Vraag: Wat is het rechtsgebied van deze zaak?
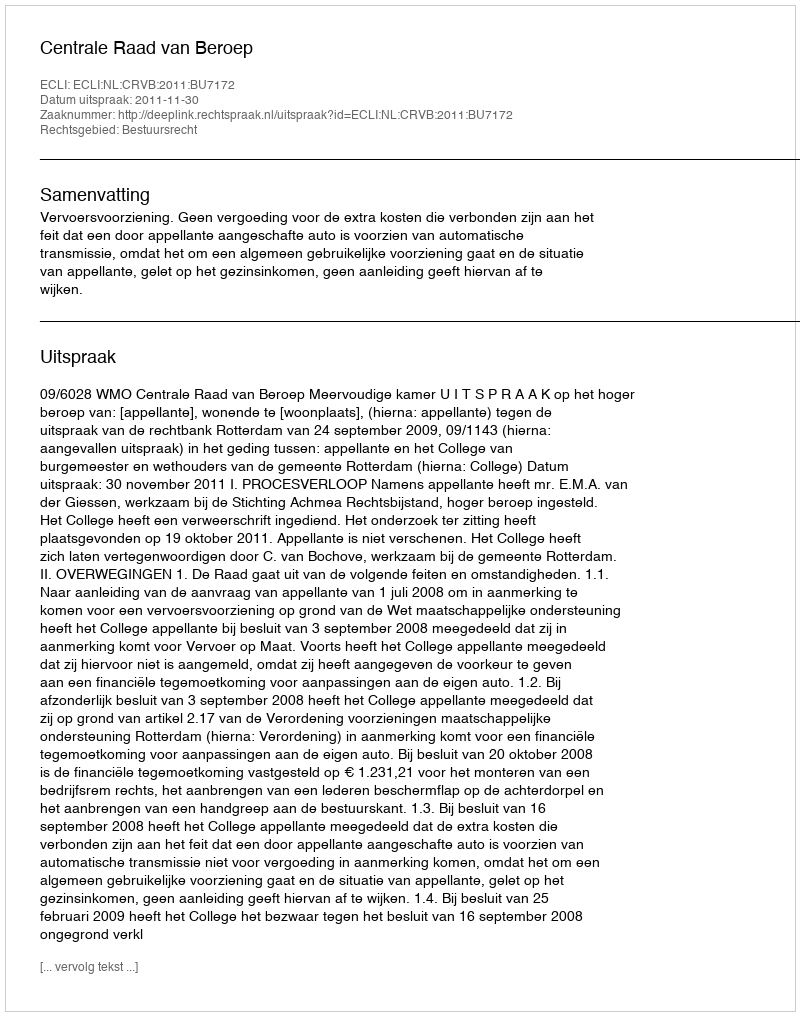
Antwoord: Bestuursrecht